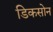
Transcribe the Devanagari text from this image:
डिकसोन